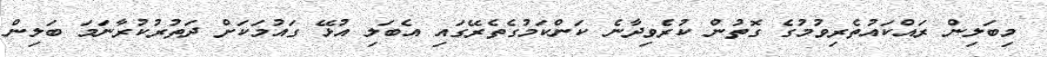
މިބަލިން ރައްކައުތެރިވުމުގެ ގޮތުން ކުރެވިދާނެ ކަންކަމުގެތެރޭގައި އެބަލި އުޅޭ ގައުމަކަށް ދަތުރުކުރާނަމަ ބަލިން